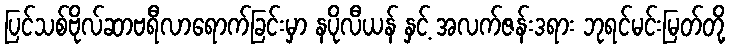
ပြင်သစ်ဗိုလ်ဆာဗရီလာရောက်ခြင်းမှာ နပိုလီယန် နှင့် အလက်ဇန်းဒရား ဘုရင်မင်းမြတ်တို့